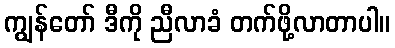
ကျွန်တော် ဒီကို ညီလာခံ တက်ဖို့လာတာပါ။